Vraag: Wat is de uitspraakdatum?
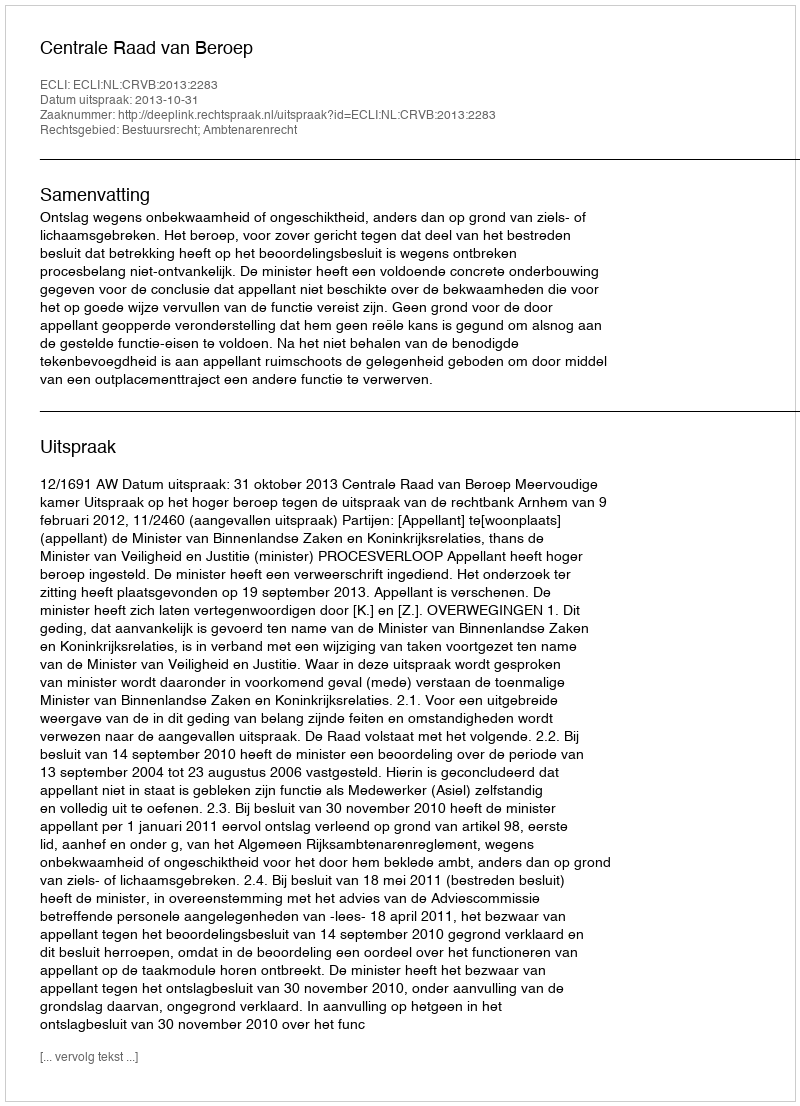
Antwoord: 2013-10-31